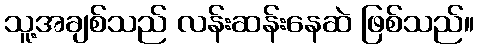
သူ့အချစ်သည် လန်းဆန်းနေဆဲ ဖြစ်သည်။